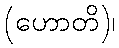
(ဟောတိ)၊